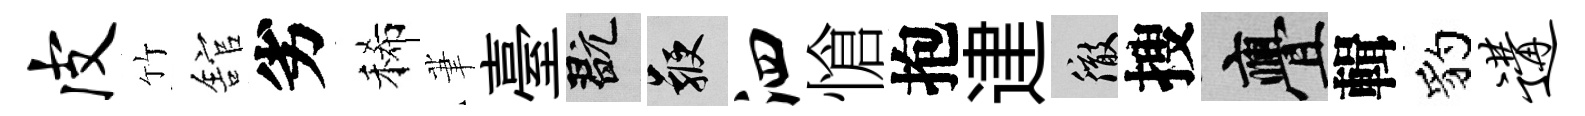
皮竹舘劣稀茟臺玩鞭泗愴抱䢖徹搜亹輯豹遘